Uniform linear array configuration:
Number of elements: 4
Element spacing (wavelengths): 0.5
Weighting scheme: exponential
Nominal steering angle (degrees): -30
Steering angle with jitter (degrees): -28.033
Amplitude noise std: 0.05
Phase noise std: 0.05

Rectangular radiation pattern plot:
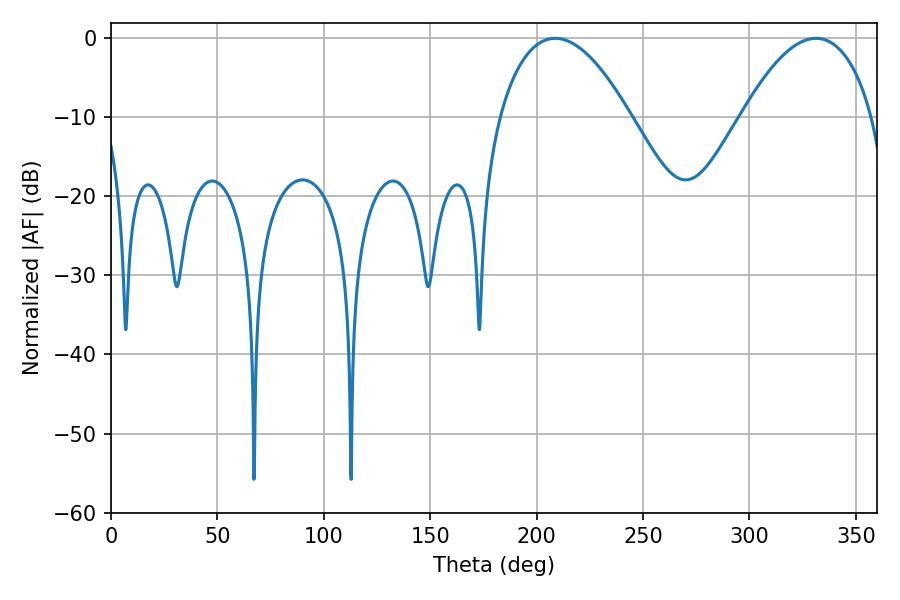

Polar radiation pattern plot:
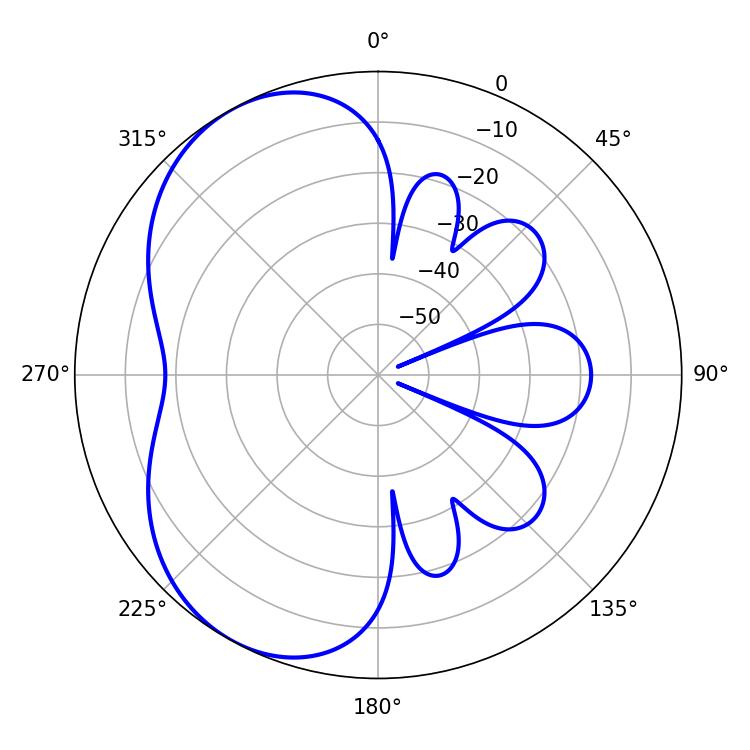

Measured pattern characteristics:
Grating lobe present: FALSE
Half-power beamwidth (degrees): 34.02
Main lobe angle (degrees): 208.8